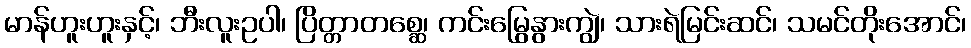
မာန်ဟူးဟူးနှင့်၊ ဘီးလူးဥပါ၊ ပြိတ္တာတစ္ဆေ၊ ကင်းမြွေနွားကျွဲ၊ သားရဲမြင်းဆင်၊ သမင်တိုးအောင်၊